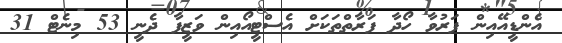
އެންޑީއޭއިން ފަރުވާ ހޯދާ ފަރާތްތަކަށް އެސްޓީއޯއިން ވަޒީފާ ދެނީ 53 މިނެޓް 31